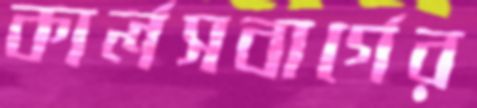
কার্লসবার্গের